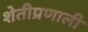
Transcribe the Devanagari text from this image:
शेतीप्रणाली